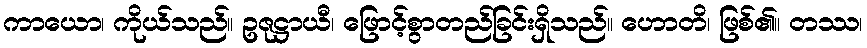
ကာယော၊ ကိုယ်သည်။ ဥဇုဋ္ဌာယီ၊ ဖြောင့်စွာတည်ခြင်းရှိသည်။ ဟောတိ၊ ဖြစ်၏။ တဿ၊